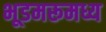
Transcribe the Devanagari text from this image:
भूडमरूमध्य